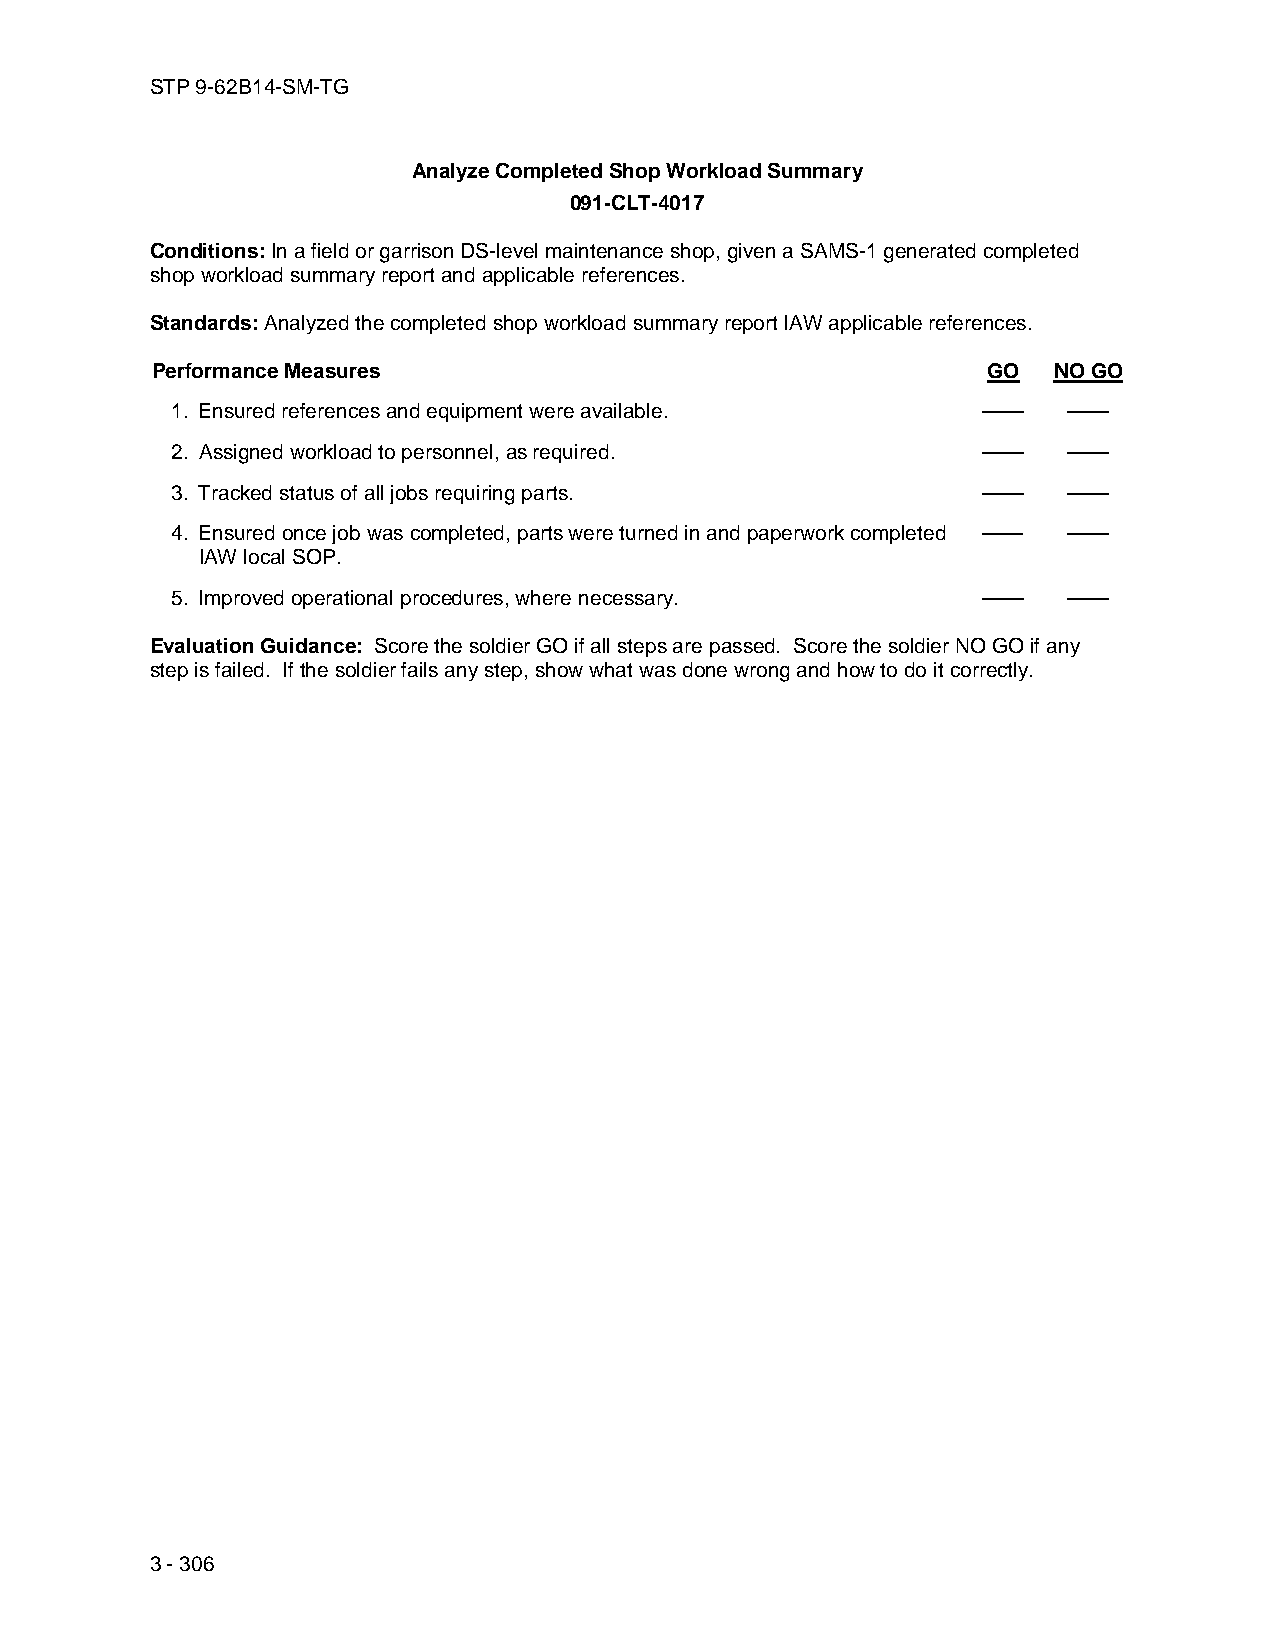
STP 9-62B14-SM-TG
 Analyze Completed Shop Workload Summary
 091-CLT-4017
 Conditions: In a field or garrison DS-level maintenance shop, given a SAMS-1 generated completed
 shop workload summary report and applicable references.
 Standards: Analyzed the completed shop workload summary report IAW applicable references.
 Performance Measures                                   GO   NO GO
 1. Ensured references and equipment were available.   ——    ——
 2. Assigned workload to personnel, as required.       ——    ——
 3. Tracked status of all jobs requiring parts.        ——    ——
 4. Ensured once job was completed, parts were turned in and paperwork completed —— ——
 IAW local SOP.
 5. Improved operational procedures, where necessary.  ——    ——
 Evaluation Guidance: Score the soldier GO if all steps are passed. Score the soldier NO GO if any
 step is failed. If the soldier fails any step, show what was done wrong and how to do it correctly.
 3 - 306